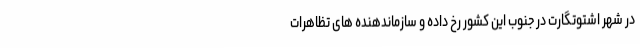
در شهر اشتوتگارت در جنوب این کشور رخ داده و سازماندهنده های تظاهرات